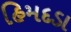
હિમદડા